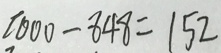
1 0 0 0 - 8 4 8 = 1 5 2